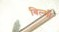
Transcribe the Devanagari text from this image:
बिल्‍सी